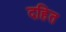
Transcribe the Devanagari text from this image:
दहित